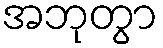
အဘုတွာ